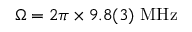
\Omega = 2 \pi \times 9 . 8 ( 3 ) ~ \mathrm { M H z }